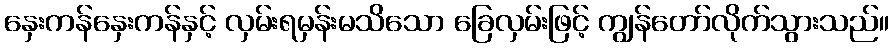
နှေးကန်နှေးကန်နှင့် လှမ်းရမှန်းမသိသော ခြေလှမ်းဖြင့် ကျွန်တော်လိုက်သွားသည်။